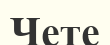
Чете